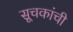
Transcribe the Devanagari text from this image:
सूचकांची